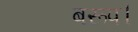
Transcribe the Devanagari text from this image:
बरूप।